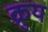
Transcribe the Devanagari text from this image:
क्रुय